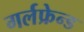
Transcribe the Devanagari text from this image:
गर्लफ्रेन्ड